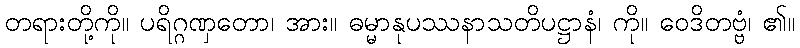
တရားတို့ကို။ ပရိဂ္ဂဏှတော၊ အား။ ဓမ္မာနုပဿနာသတိပဋ္ဌာနံ၊ ကို။ ဝေဒိတဗ္ဗံ၊ ၏။